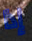
إذا